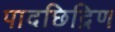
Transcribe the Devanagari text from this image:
पादछिद्रिण